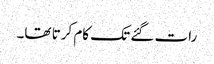
رات گئے تک کام کرتا تھا۔